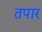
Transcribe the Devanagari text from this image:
तपार